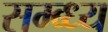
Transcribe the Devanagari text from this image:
सम्ब्ध्य